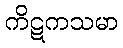
ကိဋကသမာ